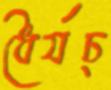
ধৈর্যচ্